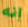
إنه